65_HS1-834228961_62-HQ-83894_Section_10
Agency: FBI
Page 179
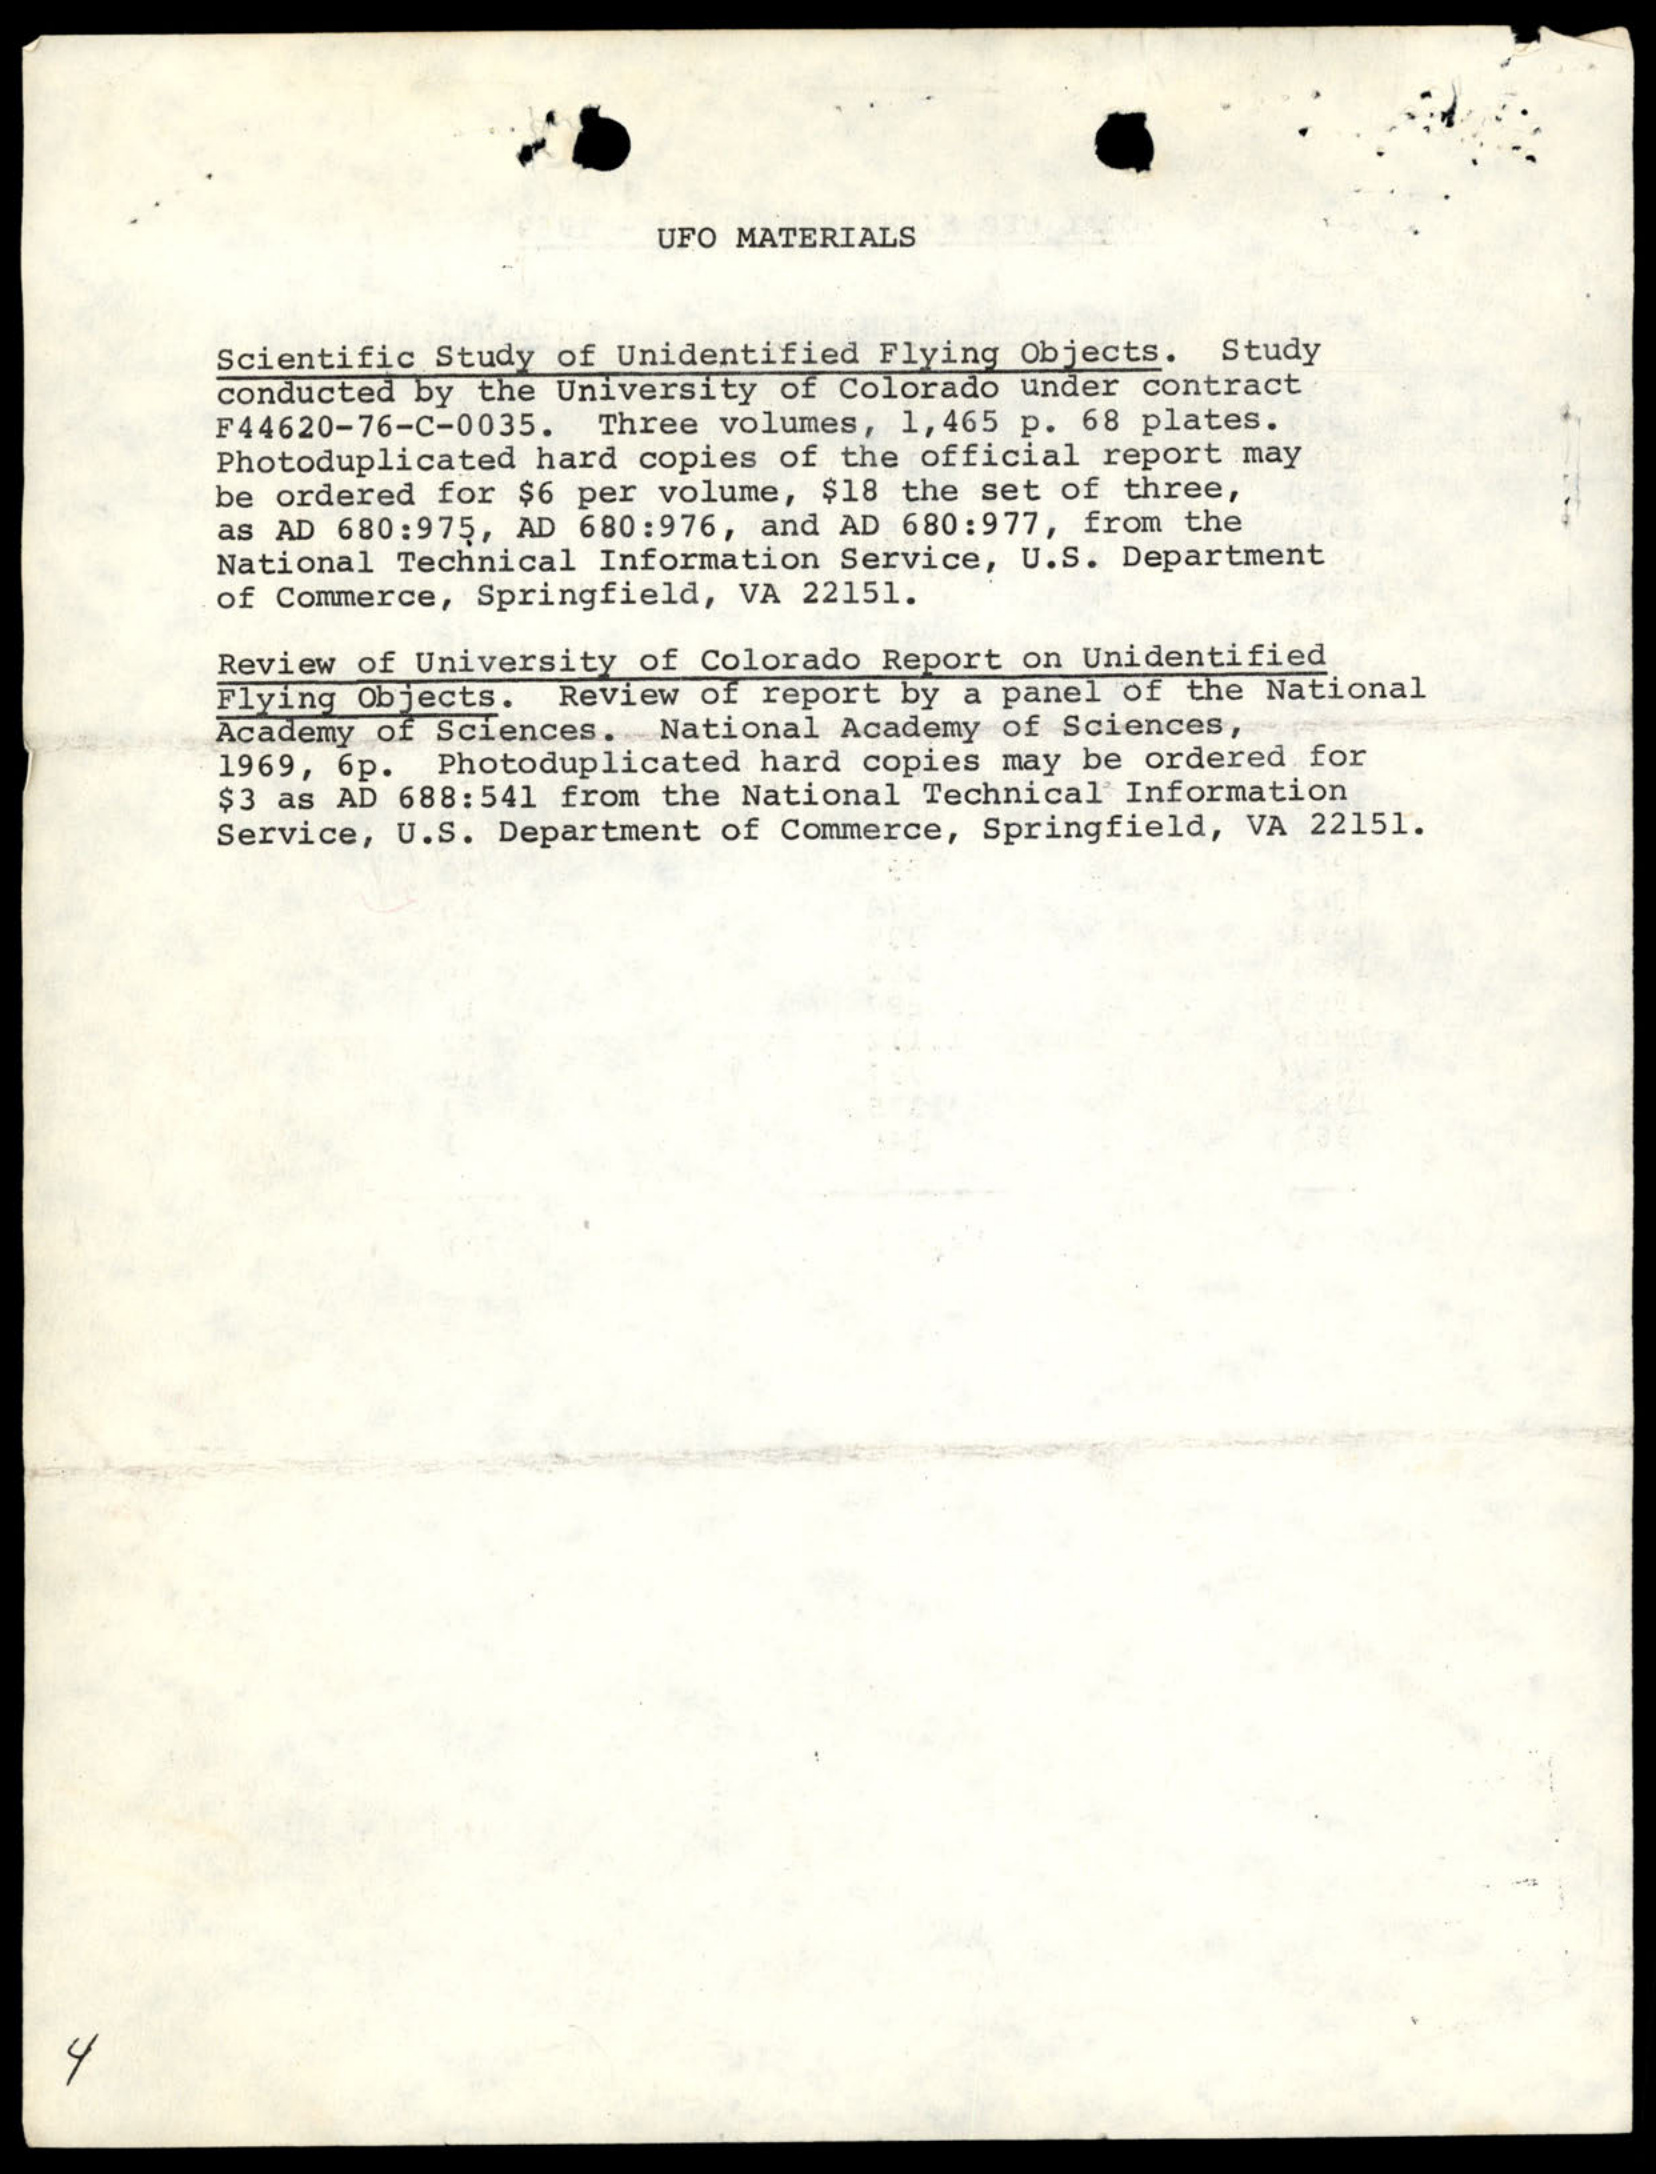